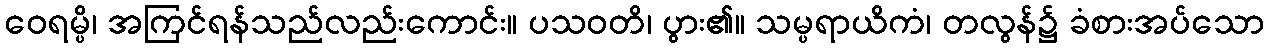
ဝေရမ္ပိ၊ အကြင်ရန်သည်လည်းကောင်း။ ပသဝတိ၊ ပွား၏။ သမ္ပရာယိကံ၊ တလွန်၌ ခံစားအပ်သော